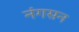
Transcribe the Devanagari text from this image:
नंगसन